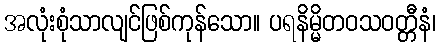
အလုံးစုံသာလျင်ဖြစ်ကုန်သော။ ပရနိမ္မိတဝသဝတ္တီနံ၊